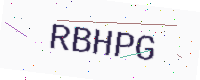
Text: RBHPG